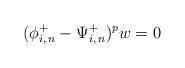
LaTeX: \begin{align*}(\phi^+_{i, \, n} - \Psi^+_{i, \, n})^p w = 0\end{align*}